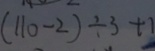
( 1 1 0 - 2 ) \div 3 + 1